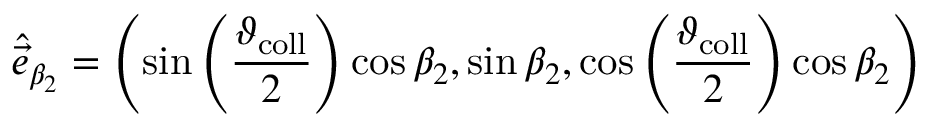
\hat { \vec { e } } _ { \beta _ { 2 } } = \left( \sin \left( \frac { \vartheta _ { \mathrm { c o l l } } } { 2 } \right) \cos \beta _ { 2 } , \sin \beta _ { 2 } , \cos \left( \frac { \vartheta _ { \mathrm { c o l l } } } { 2 } \right) \cos \beta _ { 2 } \right)